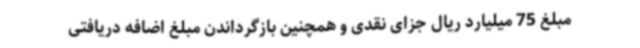
مبلغ 75 میلیارد ریال جزای نقدی و همچنین بازگرداندن مبلغ اضافه دریافتی